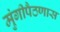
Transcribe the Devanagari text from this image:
मुंगीपैठणास